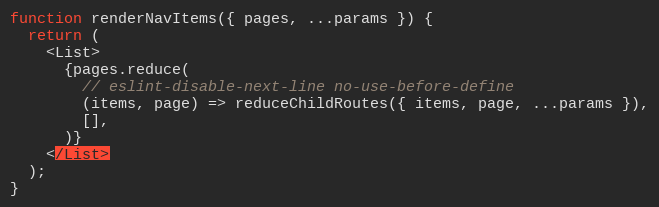
Language: JavaScript
function renderNavItems({ pages, ...params }) {
  return (
    <List>
      {pages.reduce(
        // eslint-disable-next-line no-use-before-define
        (items, page) => reduceChildRoutes({ items, page, ...params }),
        [],
      )}
    </List>
  );
}